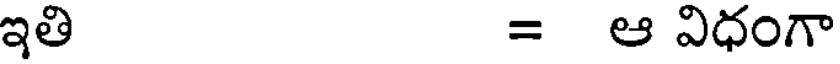
ఇతి = ఆ విధంగా